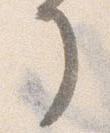
了